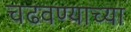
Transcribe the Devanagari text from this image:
चढवण्याच्या